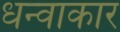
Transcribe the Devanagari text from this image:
धन्वाकार